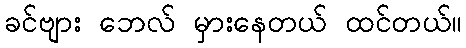
ခင်ဗျား ဘေလ် မှားနေတယ် ထင်တယ်။